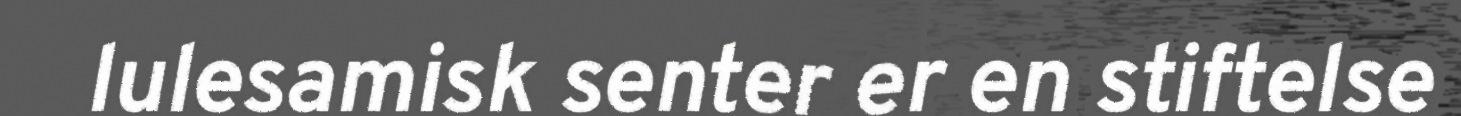
lulesamisk senter er en stiftelse